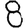
Digit: 8